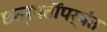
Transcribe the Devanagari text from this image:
छत्रपतींपर्यंत